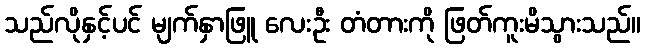
သည်လိုနှင့်ပင် မျက်နှာဖြူ လေးဦး တံတားကို ဖြတ်ကူးမိသွားသည်။